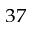
^ { 3 7 }